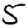
Digit: 5